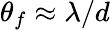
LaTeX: \theta_{f}\approx\lambda/d